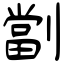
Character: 劏